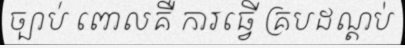
ច្បាប់ ពោលគឺ ការធ្វើ គ្របដណ្តប់